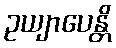
ဥယျာပေန္တိ